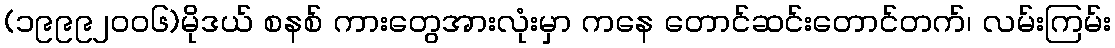
(၁၉၉၉၂ဝဝ၆)မိုဒယ် စနစ် ကားတွေအားလုံးမှာ ကနေ တောင်ဆင်းတောင်တက်၊ လမ်းကြမ်း